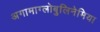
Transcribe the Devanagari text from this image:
अगामाग्लोबुलिनेमिया